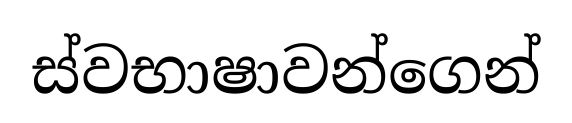
ස්වභාෂාවන්ගෙන්